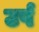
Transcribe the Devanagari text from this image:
उर्ष